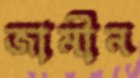
জামীন